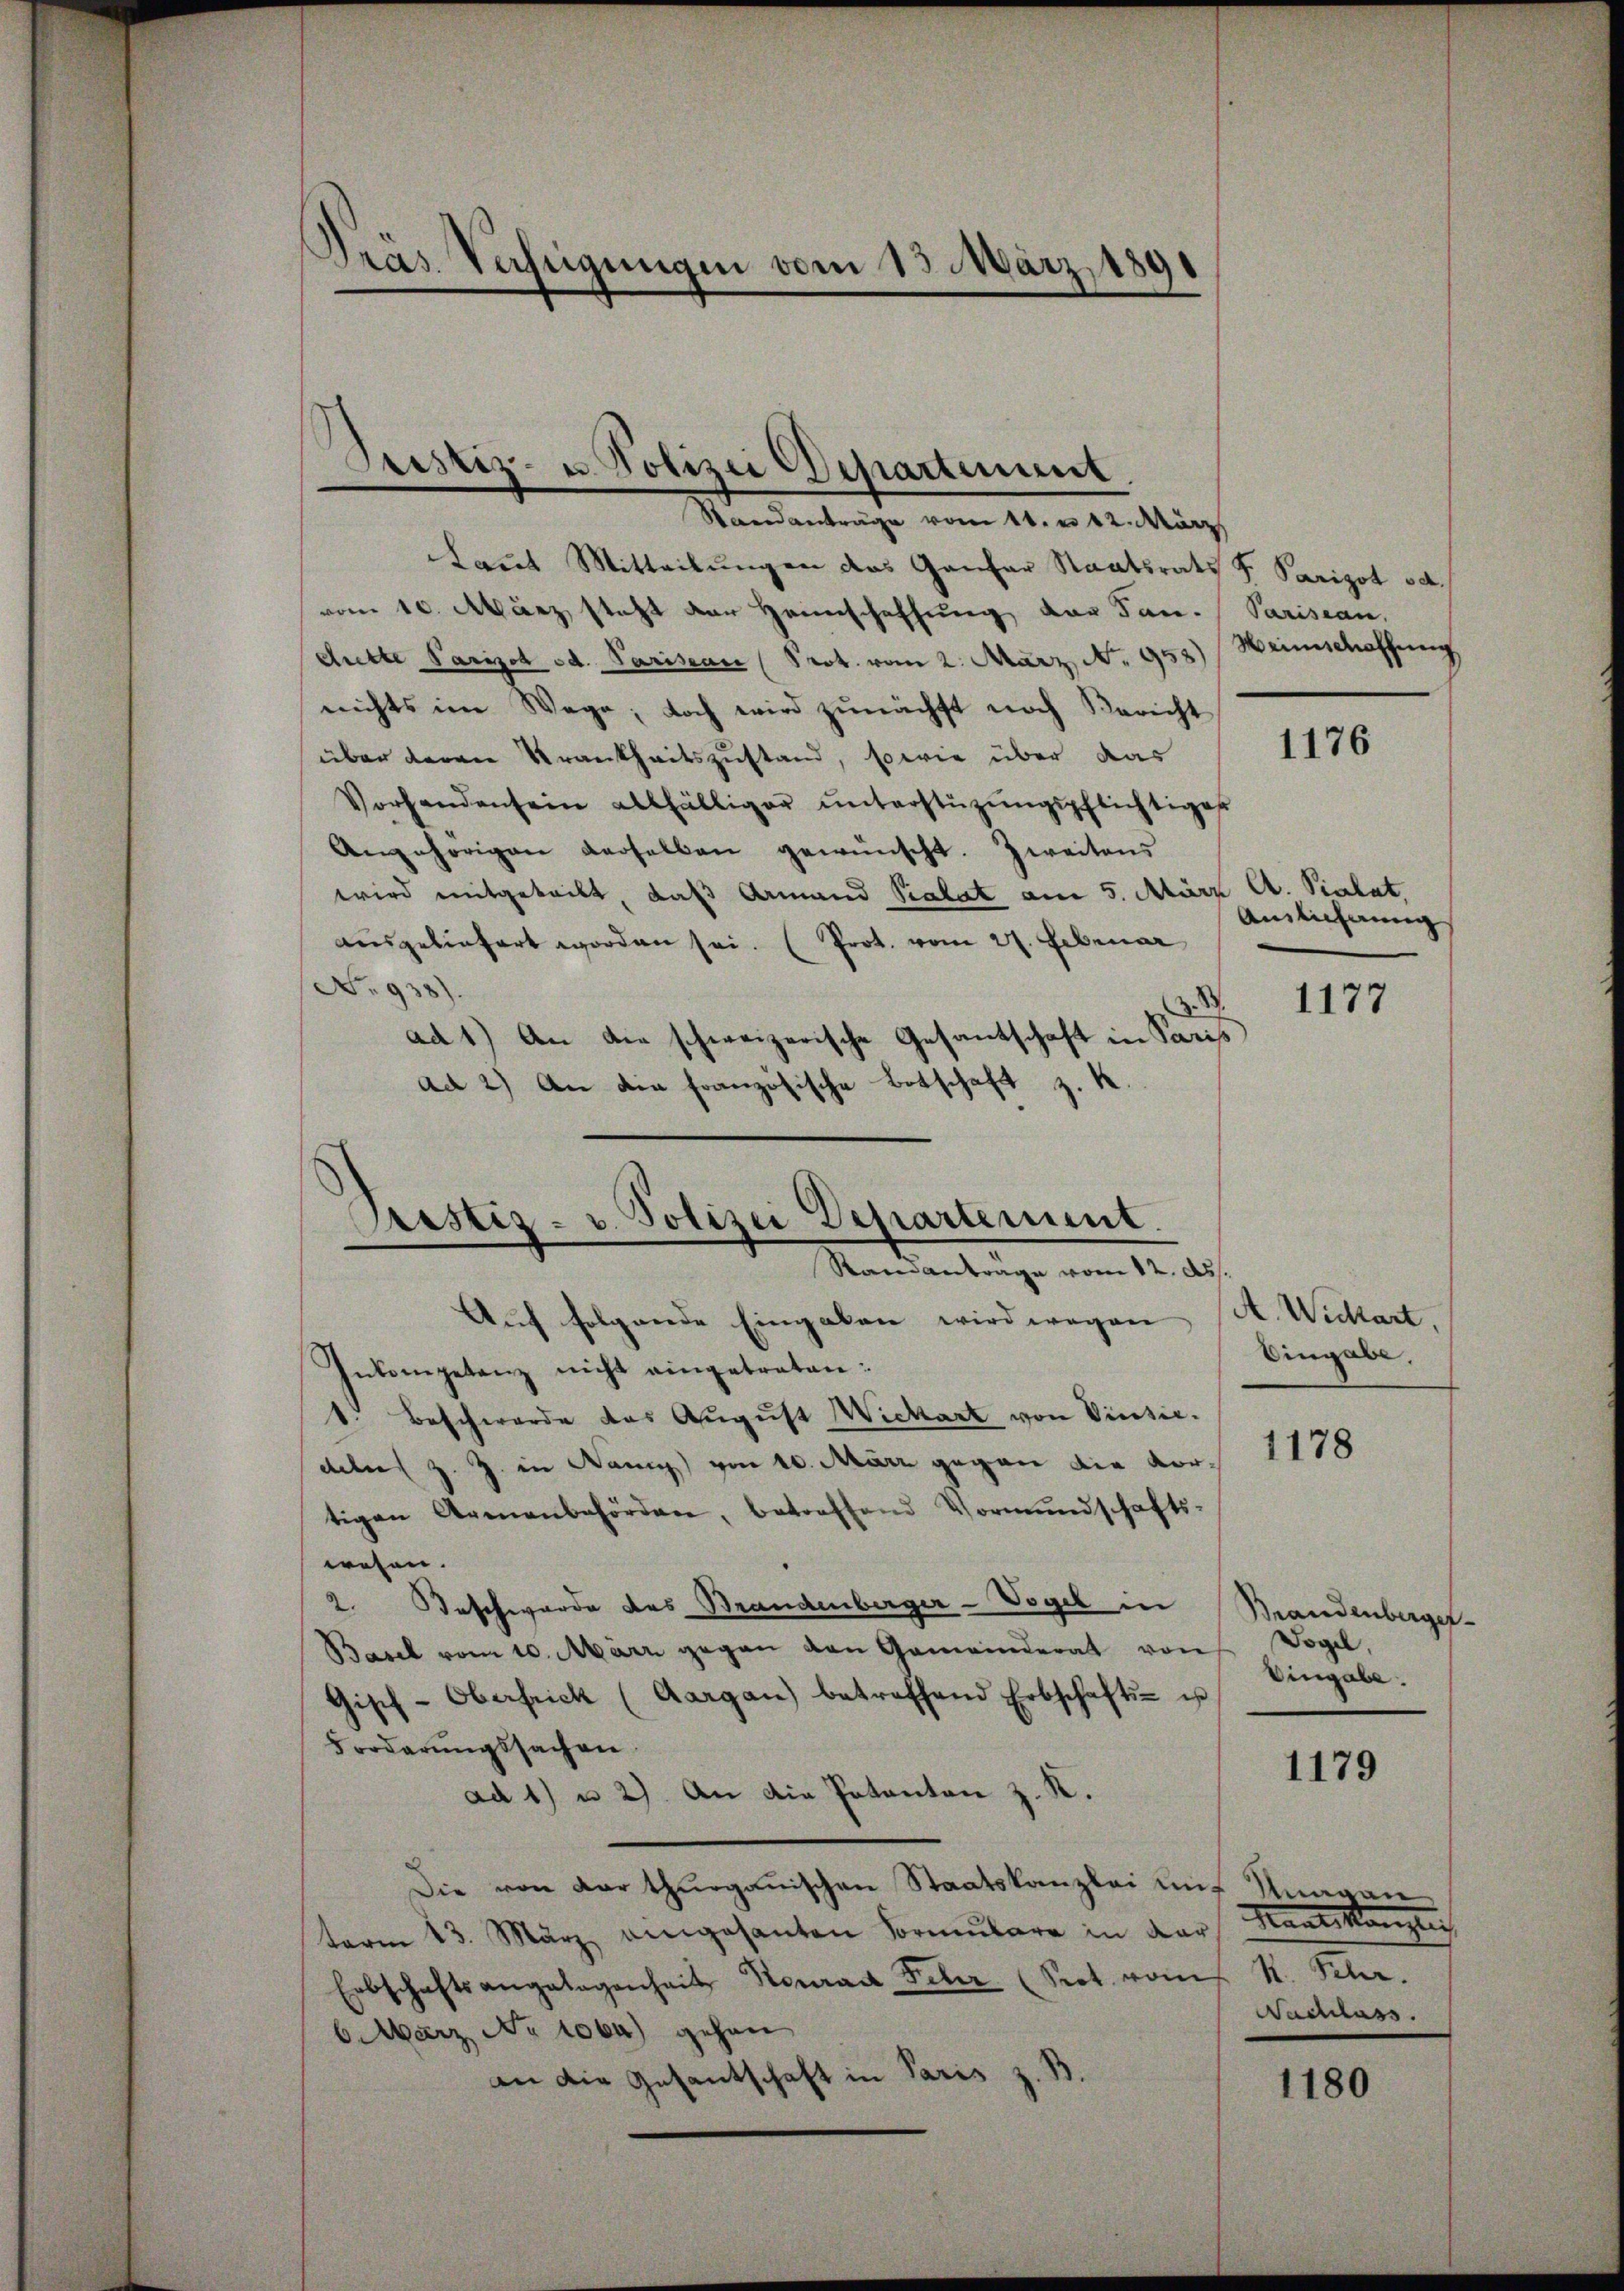
Dras Verfügungen vom 13. März 1891

Justiz- u. Polizei Departement

Standanträge vom 11. u 12. März
Laut Mitteilungen das Gantar Staatsrats S. Parigot od.
vom 10. März steht der Heimschaffung der Jan. Parisean,
duette Parisch od. Parisean (Prot. vom 2. März No. 958) Weinschaffŭng
nichts im Wege; doch wird zŭnächst noch Bericht
über deren Krankheitszustand, sowie über das
Vorhandensein allfälliger ŭnterstüzungspflichtiges
Angehörigen derselben gewünscht. Zweitens
wird mitgeteilt, daß Armand Salat am 5. März l. Salat.
Auslicherung
ausgeliefert worden sei. (Prot. vom 27. Februar
No 938).
ad 1.) An die schweizerische Gesantschaft in Paris
ad 2) An die französische Botschaft z. B.
d
Auf folgende Eingaben wird wegen A. Wickart,
Eingabe,
Inkompetenz nicht eingetreten:
1. Beschwerde das August Wickart von Vindic.
1178
deln z. Z. in Nani) von 10. März gegen die Vor-
tigen Armenbehörden, betreffend Vormŭndschafts-
wesen.
2. Beschwerde des Brandenberger-Vogel in
Handenberger¬
Basel vom 10. März gegen den Gemeinderat von Vogel,
Eingabe.
Gisch-Oberfrick (Aargau) betreffend Erbschafts- u
Forderungssachen
1179
ad 1) u 2). An die Potanton z. R.
Die von darthurgauischen Staatskanzlei und Knagan
Mandeskanzlei
term 13. März angesanten Formulare in dar
Erbschaftsangelegenheit Neurad Fehr. (Prot. vom St. Pehr.
Nachlass
6. März No 1064) gehen
an die Gesantschaft in Paris z. B.
1180

Justiz- u. Polizei Departement.
Standantrage vom 12. ds.

1176

1177